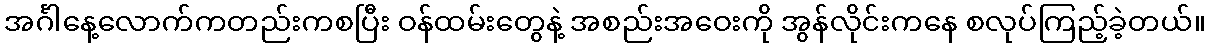
အင်္ဂါနေ့လောက်ကတည်းကစပြီး ဝန်ထမ်းတွေနဲ့ အစည်းအဝေးကို အွန်လိုင်းကနေ စလုပ်ကြည့်ခဲ့တယ်။